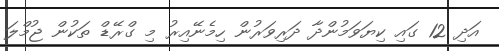
އަދި 12 ގައި ކިޔަވަމުންދާ ދަރިވަރުން ހިމެނޭއިރު މި ގްރޭޑް ތަކުން ޖުމްލަ